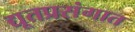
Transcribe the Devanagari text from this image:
द्यूतप्रसंगात